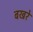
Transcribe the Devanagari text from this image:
बखरें